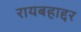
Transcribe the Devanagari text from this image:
रायबहाद्दर